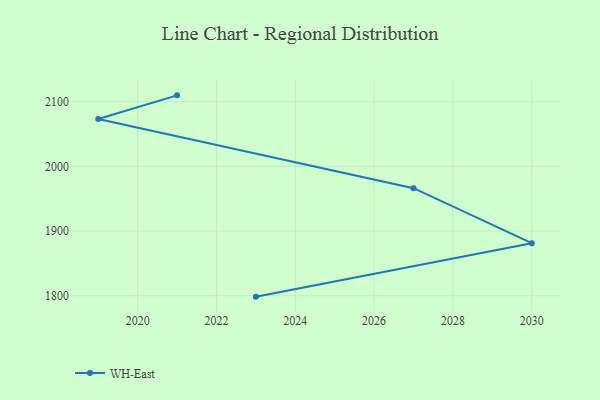
{"axis": {"x": "Year", "y": "Operating Costs (USD K)"}, "legend": ["WH-East"], "data": [{"x": "2021", "y": 2109.8, "type": "WH-East"}, {"x": "2019", "y": 2073.3, "type": "WH-East"}, {"x": "2027", "y": 1966.3, "type": "WH-East"}, {"x": "2030", "y": 1881.3, "type": "WH-East"}, {"x": "2023", "y": 1798.6, "type": "WH-East"}]}